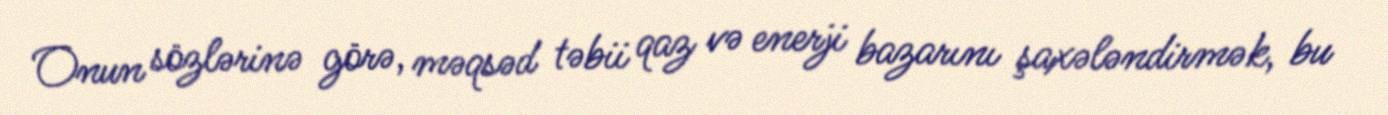
Onun sözlərinə görə, məqsəd təbii qaz və enerji bazarını şaxələndirmək, bu